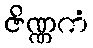
ဇိဏ္ဏကံ